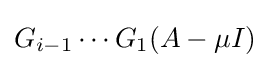
G_{i-1}\dotsb G_{1}(A-\mu I)